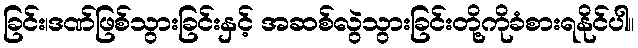
ခြင်း၊ဒဏ်ဖြစ်သွားခြင်းနှင့် အဆစ်လွဲသွားခြင်းတို့ကိုခံစားရနိုင်ပါ။